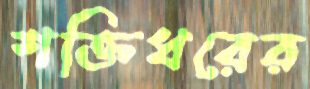
শক্তিধরের